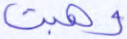
وهبت